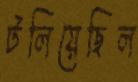
টলিয়েছিল